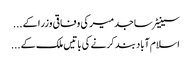
سینیٹر ساجد میر کی وفاقی وزرا کے ...
اسلام آباد بند کرنے کی باتیں ملک کے ...